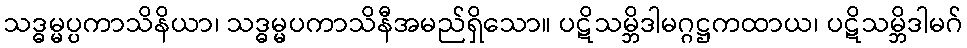
သဒ္ဓမ္မပ္ပကာသိနိယာ၊ သဒ္ဓမ္မပကာသိနီအမည်ရှိသော။ ပဋိသမ္ဘိဒါမဂ္ဂဋ္ဌကထာယ၊ ပဋိသမ္ဘိဒါမဂ်